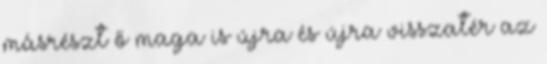
másrészt ő maga is újra és újra visszatér az